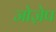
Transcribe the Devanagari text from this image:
जोज़ेप